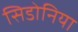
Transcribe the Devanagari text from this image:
सिडोनिया